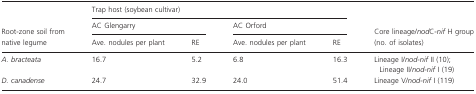
<table><thead><tr><td></td><td colspan="4"><b>Trap host (soybean cultivar)</b></td><td></td></tr><tr><td></td><td colspan="2"><b>AC Glengarry</b></td><td colspan="2"><b>AC Orford</b></td><td></td></tr><tr><td><b>Root-zone soil from native legume</b></td><td><b>Ave. nodules per plant</b></td><td><b>RE</b></td><td><b>Ave. nodules per plant</b></td><td><b>RE</b></td><td><b>Core lineage/<i>nod</i>C-<i>nif</i> H group (no. of isolates)</b></td></tr></thead><tbody><tr><td><i>A. bracteata</i></td><td>16.7</td><td>5.2</td><td>6.8</td><td>16.3</td><td>Lineage I/<i>nod</i>-<i>nif</i> II (10); Lineage II/<i>nod</i>-<i>nif</i> I (19)</td></tr><tr><td><i>D. canadense</i></td><td>24.7</td><td>32.9</td><td>24.0</td><td>51.4</td><td>Lineage V/<i>nod</i>-<i>nif</i> I (119)</td></tr></tbody></table>